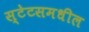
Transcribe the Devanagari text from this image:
स्टेटसमधील